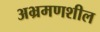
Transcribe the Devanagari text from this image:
अभ्रमणशील